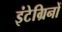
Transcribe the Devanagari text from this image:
इंटेग्रिनों